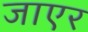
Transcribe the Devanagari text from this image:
जाएर